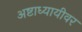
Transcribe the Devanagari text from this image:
अष्टाध्यायीवर